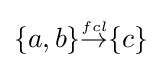
{\textstyle \{a,b\}{\stackrel {\scriptscriptstyle fcl}{\rightarrow }}\{c\}}